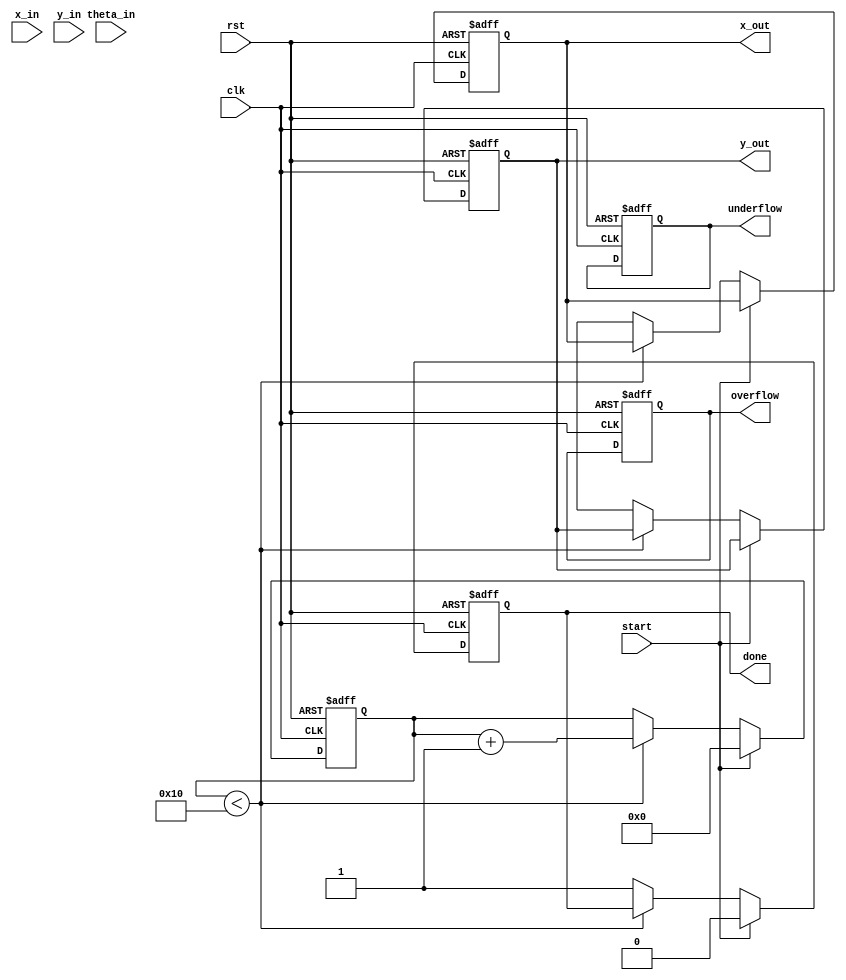
module cordic_fp (
    input wire clk,
    input wire rst,
    input wire start,
    input wire [31:0] x_in, // IEEE 754 single precision
    input wire [31:0] y_in, // IEEE 754 single precision
    input wire [31:0] theta_in, // Angle in radians (IEEE 754)
    output reg [31:0] x_out, // Resulting X coordinate
    output reg [31:0] y_out, // Resulting Y coordinate
    output reg done,
    output reg overflow,
    output reg underflow
);

    // CORDIC parameters
    parameter NUM_ITERATIONS = 16; // Number of iterations for CORDIC
    reg [31:0] x [0:NUM_ITERATIONS-1];
    reg [31:0] y [0:NUM_ITERATIONS-1];
    reg [31:0] theta [0:NUM_ITERATIONS-1];
    reg [31:0] z; // Angle accumulator
    reg [4:0] i; // Iteration counter
    reg [31:0] scaling_factor; // Scaling factor for CORDIC

    // Initialize scaling factor for CORDIC
    initial begin
        scaling_factor = 32'h26DD3B6A; // Approximation of 1/K (K = product of scaling factors)
    end

    // CORDIC rotation angles (atan(2^-i))
    initial begin
        theta[0] = 32'h3F19999A; // atan(1) in IEEE 754
        theta[1] = 32'h3E4CCCCD; // atan(0.5)
        theta[2] = 32'h3D5A827A; // atan(0.25)
        // Continue initializing for other angles...
    end

    // State machine for CORDIC operation
    always @(posedge clk or posedge rst) begin
        if (rst) begin
            x_out <= 32'b0;
            y_out <= 32'b0;
            done <= 1'b0;
            overflow <= 1'b0;
            underflow <= 1'b0;
            i <= 0;
            z <= 0;
        end else if (start) begin
            // Load inputs
            x[0] <= x_in;
            y[0] <= y_in;
            z <= theta_in;
            i <= 0;
            done <= 1'b0;
        end else if (i < NUM_ITERATIONS) begin
            // CORDIC iteration
            if (z < 0) begin
                // Rotate clockwise
                x[i+1] <= x[i] + (y[i] >> i);
                y[i+1] <= y[i] - (x[i] >> i);
                z <= z + theta[i];
            end else begin
                // Rotate counter-clockwise
                x[i+1] <= x[i] - (y[i] >> i);
                y[i+1] <= y[i] + (x[i] >> i);
                z <= z - theta[i];
            end
            i <= i + 1;
        end else begin
            // Final output
            x_out <= x[NUM_ITERATIONS];
            y_out <= y[NUM_ITERATIONS];
            done <= 1'b1;
            // Handle overflow/underflow if necessary
        end
    end

endmodule